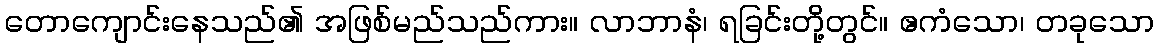
တောကျောင်းနေသည်၏ အဖြစ်မည်သည်ကား။ လာဘာနံ၊ ရခြင်းတို့တွင်။ ဧကံသော၊ တခုသော